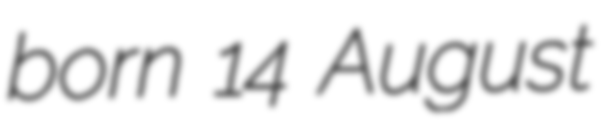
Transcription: born 14 August